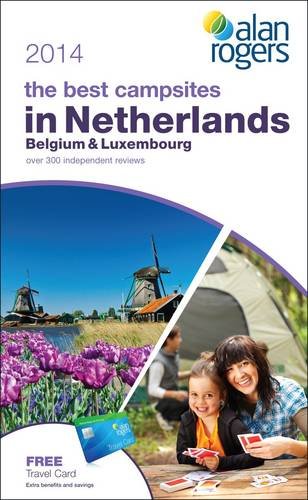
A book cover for Alan Rogers - The Best Campsites in Netherlands, Belgium & Luxembourg 2014; Alan Rogers Guides; Travel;